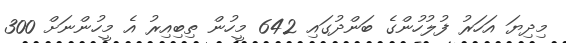
މިދިޔަ އަހަރު ފުލުހުންގެ ބަންދުގައި 642 މީހުން ތިބިއިރު އެ މީހުންނަށް 300